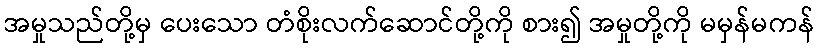
အမှုသည်တို့မှ ပေးသော တံစိုးလက်ဆောင်တို့ကို စား၍ အမှုတို့ကို မမှန်မကန်